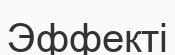
Эффекті